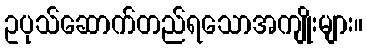
ဥပုသ်ဆောက်တည်ရသောအကျိုးများ။